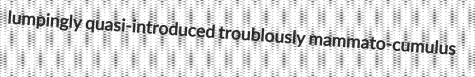
lumpingly quasi-introduced troublously mammato-cumulus